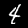
Label: 4